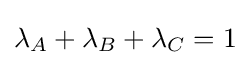
\lambda _{A}+\lambda _{B}+\lambda _{C}=1